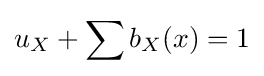
u_{X}+\sum b_{X}(x)=1\,\!